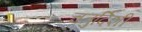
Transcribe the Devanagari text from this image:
चतुर्दिशी